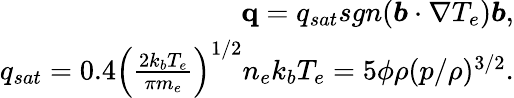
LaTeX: \begin{array}{r}{\mathbf{q}=q_{sat}sgn(\boldsymbol{b}\cdot\nabla T_{e})\boldsymbol{b},}\\ {q_{sat}=0.4\left(\frac{2k_{b}T_{e}}{\pi m_{e}}\right)^{1/2}n_{e}k_{b}T_{e}=5\phi\rho(p/\rho)^{3/2}.}\end{array}